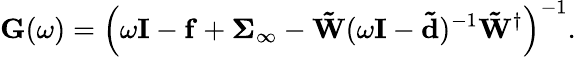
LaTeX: \mathbf{G}(\omega)=\left(\omega\mathbf{I}-\mathbf{f}+\mathbf{\Sigma}_{\infty}-\mathbf{\tilde{W}}(\omega\mathbf{I}-\mathbf{\tilde{d}})^{-1}\mathbf{\tilde{W}}^{\dagger}\right)^{-1}.